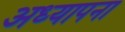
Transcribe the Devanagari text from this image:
अध्यापना